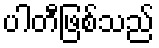
ပါတီဖြစ်သည်